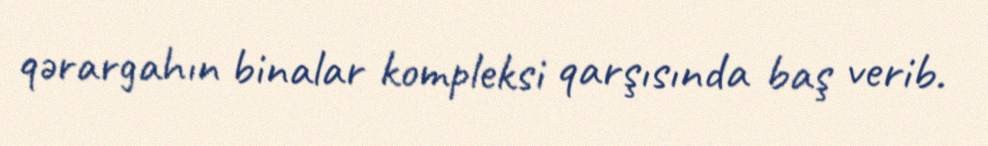
qərargahın binalar kompleksi qarşısında baş verib.